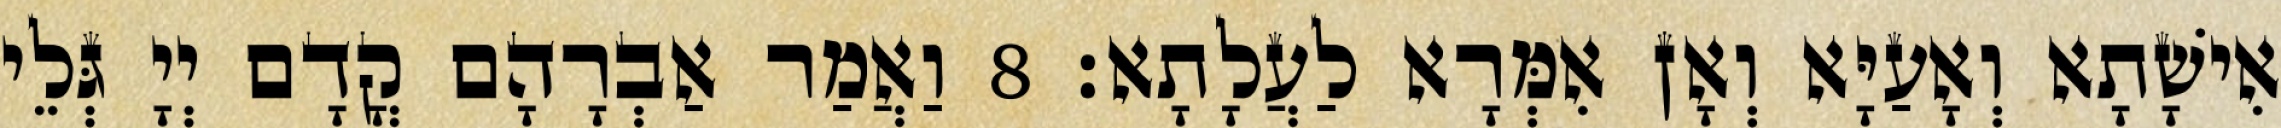
אִישָׁתָא וְאָעַיָּא וְאָן אִמְּרָא לַעֲלָתָא׃ 8 וַאֲמַר אַבְרָהָם קֳדָם יְיָ גְּלֵי